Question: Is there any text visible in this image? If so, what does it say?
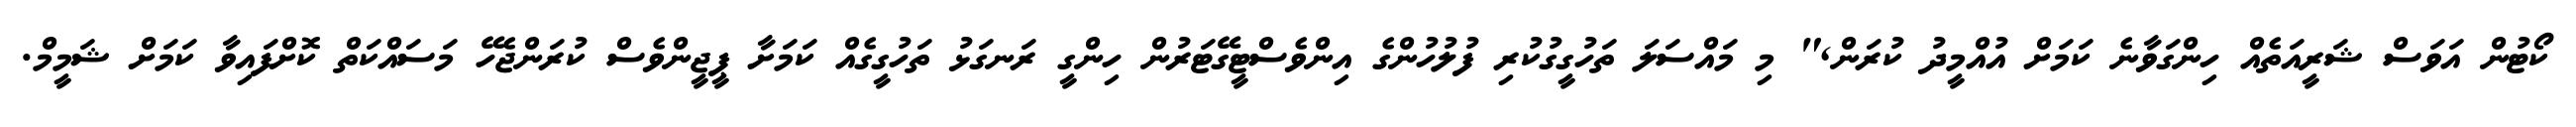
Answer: ކޯޓުން އަވަސް ޝަރީއަތެއް ހިންގަވާނެ ކަމަށް އުއްމީދު ކުރަން," މި މައްސަލަ ތަހުގީގުކުރި ފުލުހުންގެ އިންވެސްޓީގޭޓަރުން ހިންގީ ރަނގަޅު ތަހުގީގެއް ކަމަށާ ޕީޖީންވެސް ކުރަންޖެހޭ މަސައްކަތް ކޮށްފައިވާ ކަމަށް ޝަމީމް.